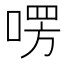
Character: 㗄